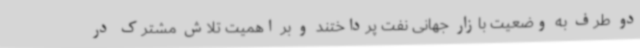
دو طرف به وضعیت بازار جهانی نفت پرداختند و بر اهمیت تلاش مشترک در